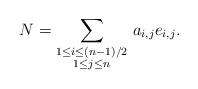
LaTeX: \begin{align*}N=\sum_{\substack{1\leq i\leq (n-1)/2 \\ 1\leq j\leq n}}\, a_{i,j}e_{i,j}.\end{align*}